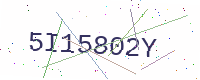
Text: 5I15802Y